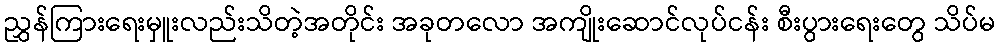
ညွှန်ကြားရေးမှူးလည်းသိတဲ့အတိုင်း အခုတလော အကျိုးဆောင်လုပ်ငန်း စီးပွားရေးတွေ သိပ်မ